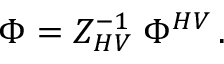
\Phi = { \cal Z } _ { H V } ^ { - 1 } \; \Phi ^ { H V } \, .